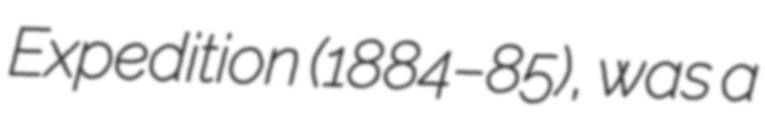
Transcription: Expedition (1884–85), was a